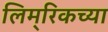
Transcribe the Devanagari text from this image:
लिम्‌रिकच्या